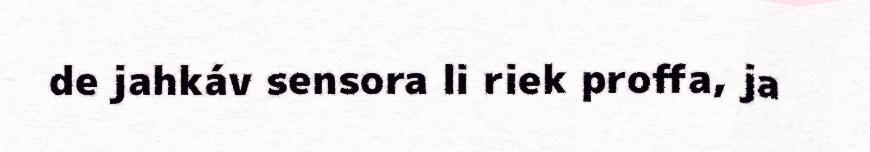
de jahkáv sensora li riek proffa, ja